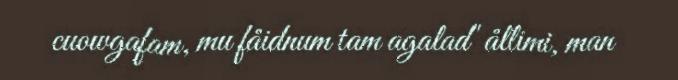
cuowgafam, mu fåidnum tam agalad" ållimi, man